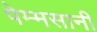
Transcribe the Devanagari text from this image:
पेम्मसानी